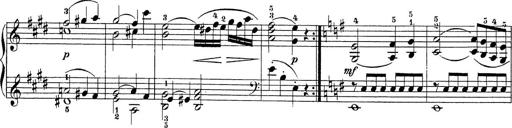
Title: Sonatina Album
Composer: Louis KÃ¶hler